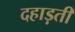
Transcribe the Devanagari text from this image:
दहाड़ती